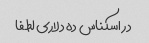
در اسکناس ده دلاری لطفا